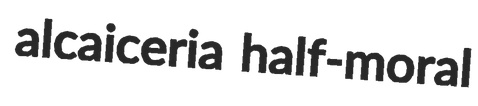
alcaiceria half-moral